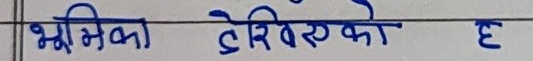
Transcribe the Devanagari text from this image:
भूमिका दिएको छ